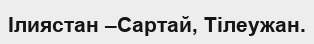
Ілиястан –Сартай, Тілеужан.